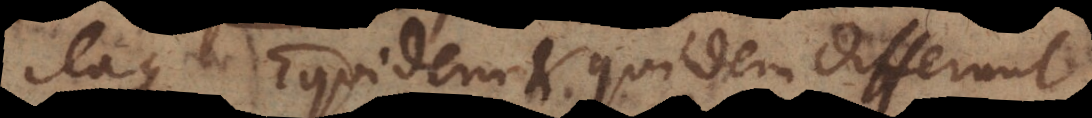
itaque Equidem et quidem differunt